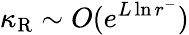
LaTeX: \kappa_{\mathrm{R}}\sim O(e^{L\ln r^{-}})